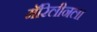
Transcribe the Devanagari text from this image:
मॅरिलीनला